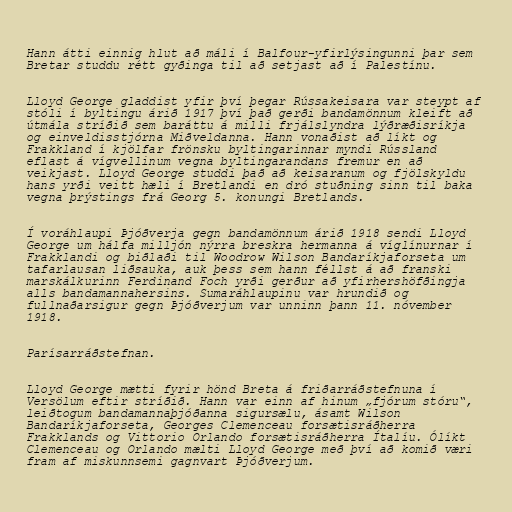
Hann átti einnig hlut að máli í Balfour-yfirlýsingunni þar sem
Bretar studdu rétt gyðinga til að setjast að í Palestínu.

Lloyd George gladdist yfir því þegar Rússakeisara var steypt af
stóli í byltingu árið 1917 því það gerði bandamönnum kleift að
útmála stríðið sem baráttu á milli frjálslyndra lýðræðisríkja
og einveldisstjórna Miðveldanna. Hann vonaðist að líkt og
Frakkland í kjölfar frönsku byltingarinnar myndi Rússland
eflast á vígvellinum vegna byltingarandans fremur en að
veikjast. Lloyd George studdi það að keisaranum og fjölskyldu
hans yrði veitt hæli í Bretlandi en dró stuðning sinn til baka
vegna þrýstings frá Georg 5. konungi Bretlands.

Í voráhlaupi Þjóðverja gegn bandamönnum árið 1918 sendi Lloyd
George um hálfa milljón nýrra breskra hermanna á víglínurnar í
Frakklandi og biðlaði til Woodrow Wilson Bandaríkjaforseta um
tafarlausan liðsauka, auk þess sem hann féllst á að franski
marskálkurinn Ferdinand Foch yrði gerður að yfirhershöfðingja
alls bandamannahersins. Sumaráhlaupinu var hrundið og
fullnaðarsigur gegn Þjóðverjum var unninn þann 11. nóvember
1918.

Parísarráðstefnan.

Lloyd George mætti fyrir hönd Breta á friðarráðstefnuna í
Versölum eftir stríðið. Hann var einn af hinum „fjórum stóru“,
leiðtogum bandamannaþjóðanna sigursælu, ásamt Wilson
Bandaríkjaforseta, Georges Clemenceau forsætisráðherra
Frakklands og Vittorio Orlando forsætisráðherra Ítalíu. Ólíkt
Clemenceau og Orlando mælti Lloyd George með því að komið væri
fram af miskunnsemi gagnvart Þjóðverjum.